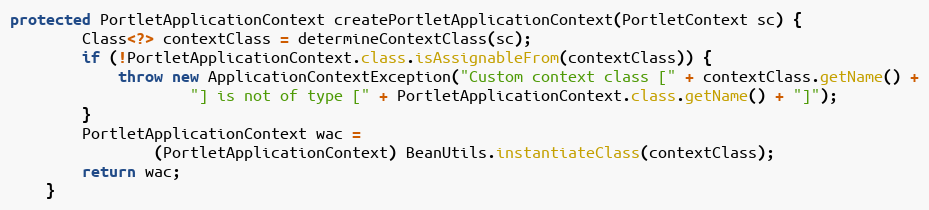
Language: Java
protected PortletApplicationContext createPortletApplicationContext(PortletContext sc) {
        Class<?> contextClass = determineContextClass(sc);
        if (!PortletApplicationContext.class.isAssignableFrom(contextClass)) {
            throw new ApplicationContextException("Custom context class [" + contextClass.getName() +
                    "] is not of type [" + PortletApplicationContext.class.getName() + "]");
        }
        PortletApplicationContext wac =
                (PortletApplicationContext) BeanUtils.instantiateClass(contextClass);
        return wac;
    }